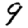
Digit: 9